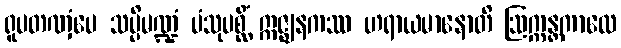
ရူပတဏှံပေ သပ္ပိမဏ္ဍံ ပံသုပစ္ဆိံ ဣဇ္ဈနကဿ ဟရာယမာနောတိ ဩက္ကန္တကာလေ